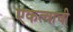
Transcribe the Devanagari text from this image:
एकत्वाची